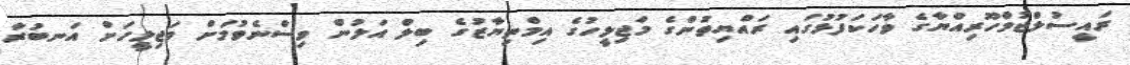
ރައީސުލްޖުމްހޫރިއްޔާގެ ވާހަކަފުޅުގައި ރައްޔިތުންގެ މަޖިލީހުގެ އިމްތިޔާޒުގެ ބިލް އަލުން ވިސްނެވުމަށް މަޖިލީހަށް އަނބުރާ